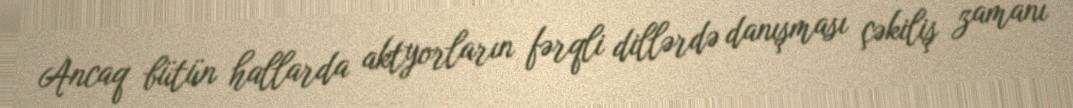
Ancaq bütün hallarda aktyorların fərqli dillərdə danışması çəkiliş zamanı